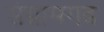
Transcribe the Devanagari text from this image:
संग्रामगढ